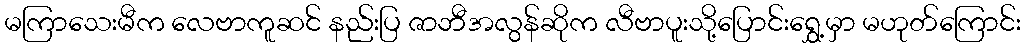
မကြာသေးမီက လေဗာကူဆင် နည်းပြ ဇာဘီအလွန်ဆိုက လီဗာပူးသို့ပြောင်းရွှေ့မှာ မဟုတ်ကြောင်း